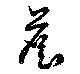
詹